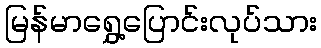
မြန်မာရွှေ့ပြောင်းလုပ်သား